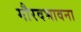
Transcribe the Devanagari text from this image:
गौरवभावना